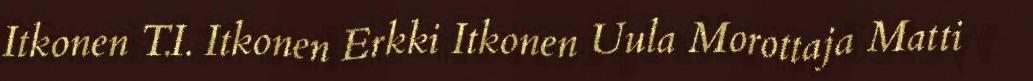
Itkonen T.I. Itkonen Erkki Itkonen Uula Morottaja Matti